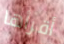
أقرأها